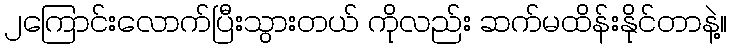
၂ကြောင်းလောက်ပြီးသွားတယ် ကိုလည်း ဆက်မထိန်းနိုင်တာနဲ့။